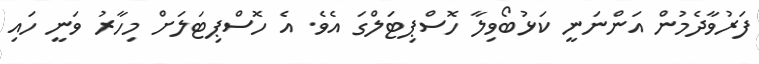
ފަރުވާދެމުން އަންނަނީ ކަޅުބޯވިލާ ހޮސްޕިޓަލްގަ އެވެ. އެ ހޮސްޕިޓަލަށް މިހާރު ވަނީ ހައި